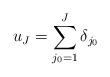
LaTeX: \begin{align*}u_J=\sum_{j_0=1}^J\delta_{j_0}\end{align*}